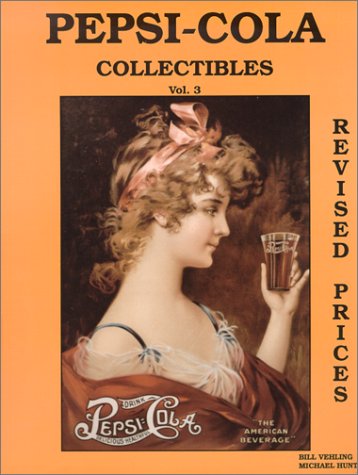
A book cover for Pepsi-Cola Collectibles, Vol. 3 (with prices); Bill Vehling; Crafts, Hobbies & Home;